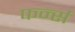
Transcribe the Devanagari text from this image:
फर्न्स